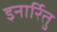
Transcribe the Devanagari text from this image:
इनार्रितु